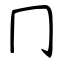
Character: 冂